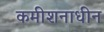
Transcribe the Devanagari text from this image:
कमीशनाधीन